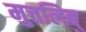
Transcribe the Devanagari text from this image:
मुत्तलिब्